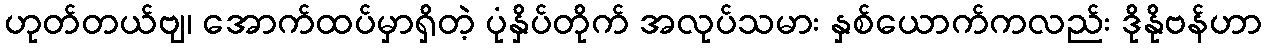
ဟုတ်တယ်ဗျ၊ အောက်ထပ်မှာရှိတဲ့ ပုံနှိပ်တိုက် အလုပ်သမား နှစ်ယောက်ကလည်း ဒိုနိုဗန်ဟာ